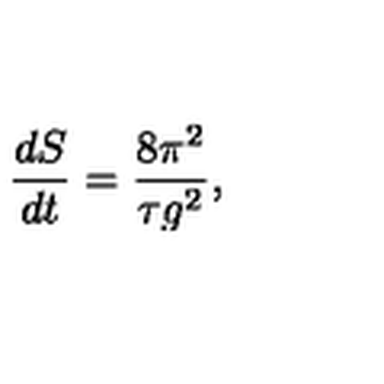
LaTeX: \frac { d S } { d t } = \frac { 8 \pi ^ { 2 } } { \tau g ^ { 2 } } ,